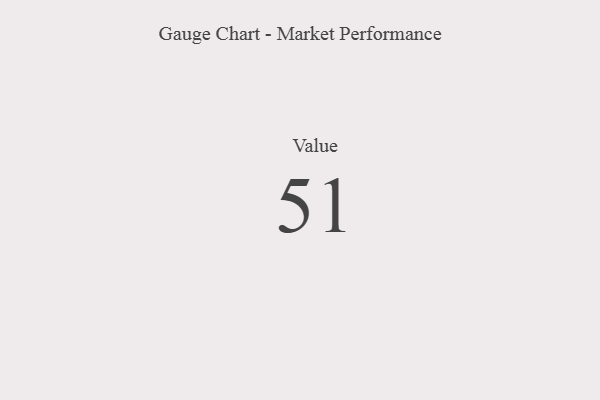
{"axis": {"x": "Metric", "y": "Value"}, "legend": [""], "data": [{"x": "Value", "y": 51, "type": ""}]}